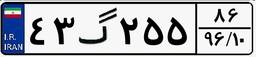
۴۳گ۲۵۵۸۶